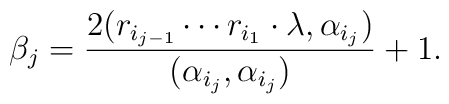
\beta_{j}=\frac{2(r_{i_{j-1}}\cdots r_{i_{1}}\cdot\lambda,\alpha_{i_{j}})}{(\alpha_{i_{j}},\alpha_{i_{j}})}+1.